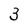
Character: 3